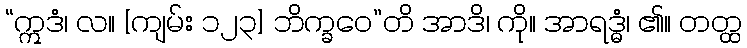
“ဣဒံ၊ လ။ [ကျမ်း ၁၂၃] ဘိက္ခဝေ”တိ အာဒိ၊ ကို။ အာရဒ္ဓံ၊ ၏။ တတ္ထ